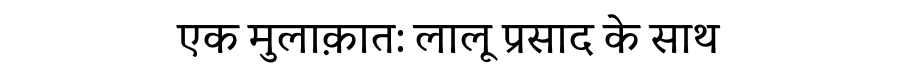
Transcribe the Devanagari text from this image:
एक मुलाक़ात: लालू प्रसाद के साथ